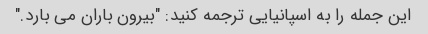
این جمله را به اسپانیایی ترجمه کنید: "بیرون باران می بارد."